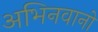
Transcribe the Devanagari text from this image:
अभिनवानो